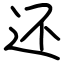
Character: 还